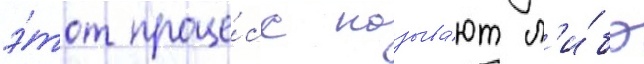
э́тот проце́сс называ́ют л'и́бо